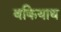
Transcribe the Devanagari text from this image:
बकियाथ